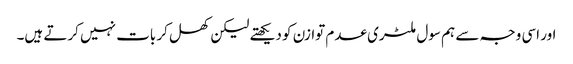
اور اسی وجہ سے ہم سول ملٹری عدم توازن کو دیکھتے لیکن کھل کر بات نہیں کرتے ہیں۔